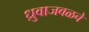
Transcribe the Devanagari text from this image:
ध्रुवाजवळचे